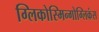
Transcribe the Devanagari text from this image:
ग्लिकोस्मिन्गोग्लिकंस